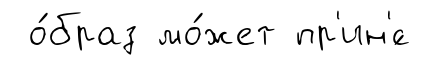
о́браз мо́жет пр'ин'́с